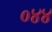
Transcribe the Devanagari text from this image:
०४४